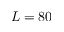
L = 8 0